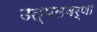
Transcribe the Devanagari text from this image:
उत्पलवर्णा